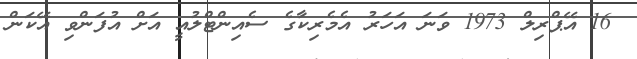
16 އޭޕްރިލް 1973 ވަނަ އަހަރު އެމެރިކާގެ ސެއިންޓްލުއީ އަށް އުފަންވި އޭކަން